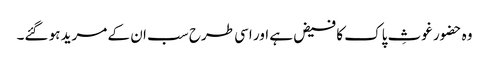
وہ حضور غوثِ پاک کا فیض ہے اور اسی طرح سب ان کے مرید ہو گئے۔